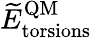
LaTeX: \widetilde E_{\mathrm{torsions}}^{\mathrm{QM}}